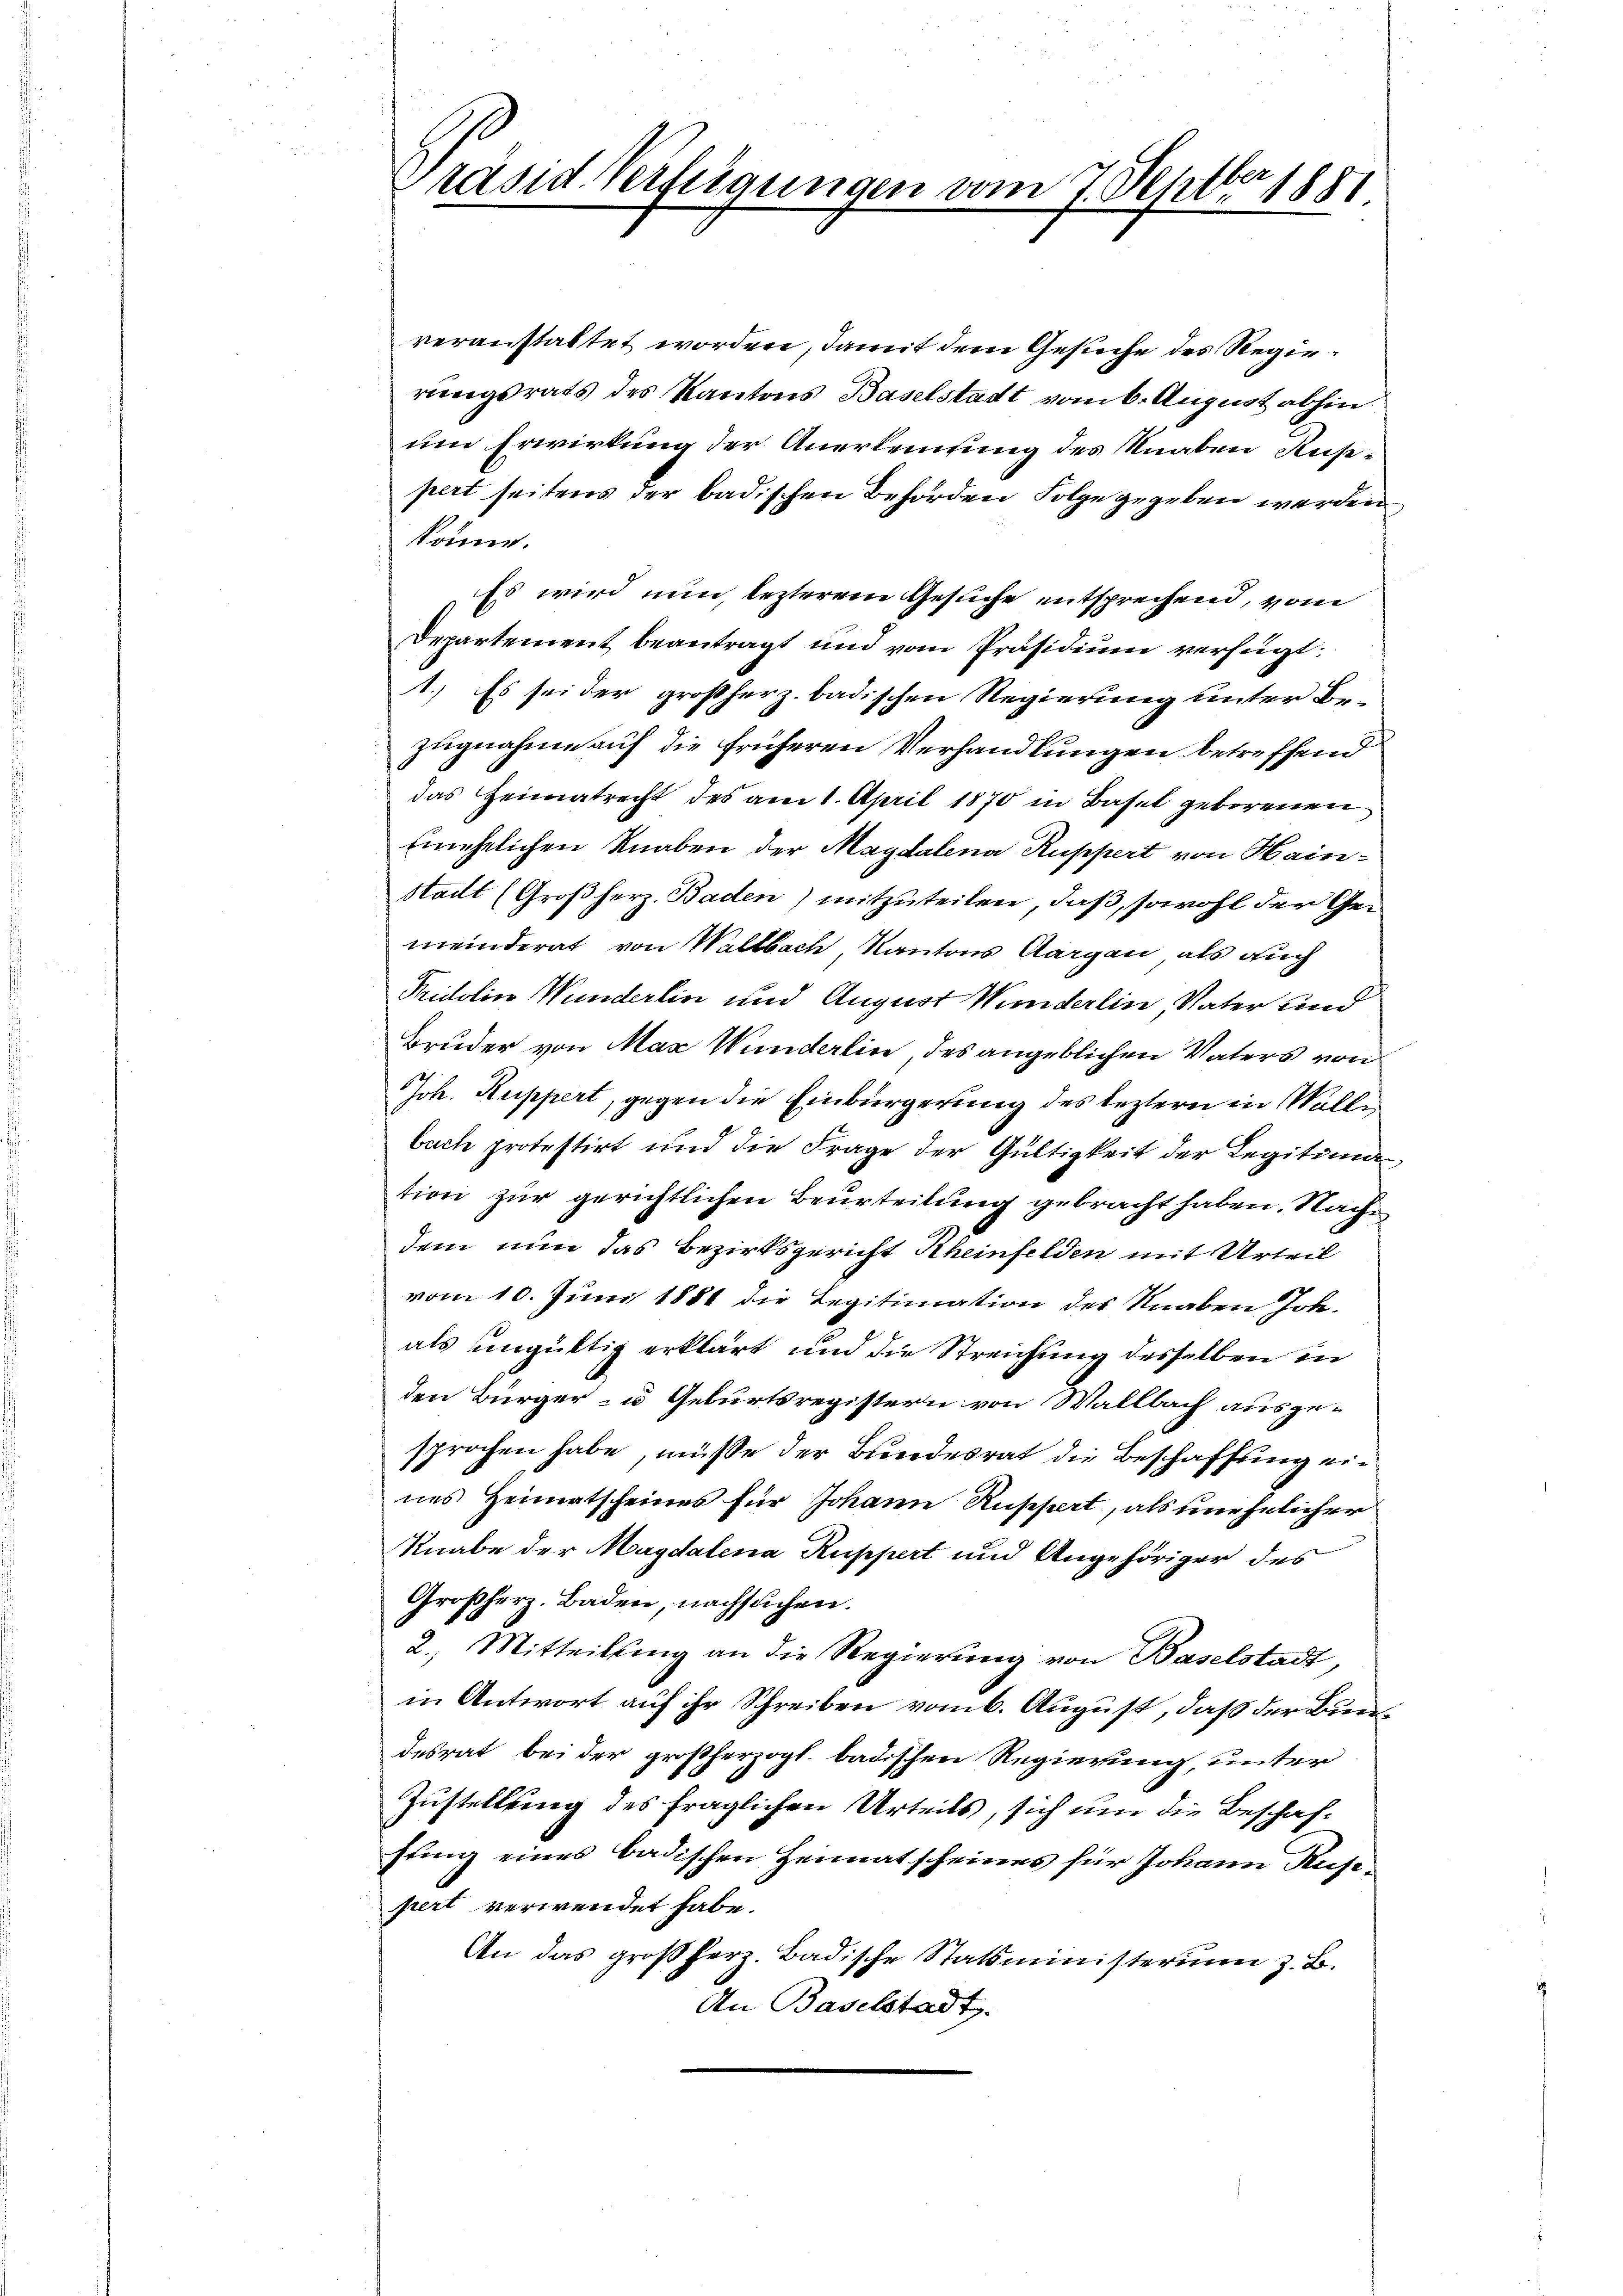
Präsid. Verfeigungen vom 7. Septbr 1881

veranstaltet worden, damit dem Gesuche des Regierungsrats des Kantons Baselstadt vom 6. August abhin
um Erwirkung der Anerkennung des Knaben Ruspert seitens der badischen Behörden Folge gegeben werden
könne.
Es wird nun, lezterem Gesuche entsprechend, vom
Departement beantragt und vom Präsidium verfügt:
1.) Es sei der großherz. badischen Regierung unter Be¬
2
Zugnahme auf die früheren Verhandlungen betreffend
das Heimatrecht des am 1. April 1870 in Basel geborenen
Einehelichen Knaben der Magdalena Ruppert von Mainstadt (Großherz- Baden) mitzuteilen, daß, sowohl der Gemeinderat von Waltbach, Kantons Aargau, als auch
Fridolin Wunderlin und August Wunderlin Vater und
Bruder von Max Wunderlin des angeblichen Vaters von
Joh. Ruppert, gegen die Einbürgerung des leztern in Walle
buch protestirt und die Frage der Gültigkeit der Legitima
tion zur gerichtlichen Beurteilung gebracht haben. Nach
dem nun das Bezirksgericht Rheinfelden mit Urteil
vom 10. Juni 1881 die Legitimation des Knaben Joh.
als ungültig erklärt und die Streichung desselben in
den Bürger- u Geburtsregistern von Wallbach ausgesprochen habe, müße der Bundesrat die Beschaffung eines Heimatscheines für Johann Ruppert, als unehelicher
Knabe der Magdalena Ruppert und Angehöriger des
Großherz. Baden, nachsuchen.
2. Mitteilŭng an die Regierung von Baselstadt,
in Antwort auf ihr Schreiben vom 6. August, daß der Bundesrat bei der großherzogl. badischen Regierung, unter
Zustellung des fraglichen Urteils, sich um die Beschaffung eines badischen Heimatscheines für Johann Rusepert verwendet habe.
An das großherz. Badische Statsministerium z. B.
An Baselstadt.